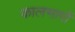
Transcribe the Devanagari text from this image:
कालभागों